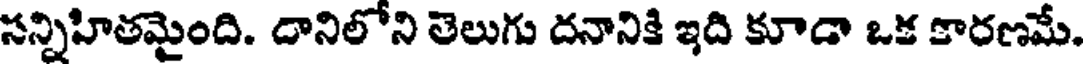
సన్నిహితమైంది. దానిలోని తెలుగు దనానికి ఇది కూడా ఒక కారణమే.